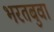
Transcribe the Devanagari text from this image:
भरतबुवा